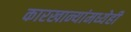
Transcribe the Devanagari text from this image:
कारखान्यांमध्येही